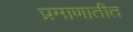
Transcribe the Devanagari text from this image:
प्रमाणातीत